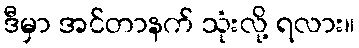
ဒီမှာ အင်တာနက် သုံးလို့ ရလား။